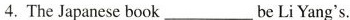
4.The Japanese book ___ be Li Yang's.